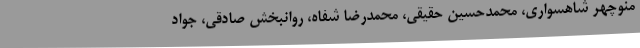
منوچهر شاهسواری، محمدحسین حقیقی، محمدرضا شفاه، روانبخش صادقی، جواد